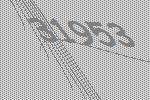
31953